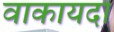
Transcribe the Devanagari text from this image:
वाकायदा